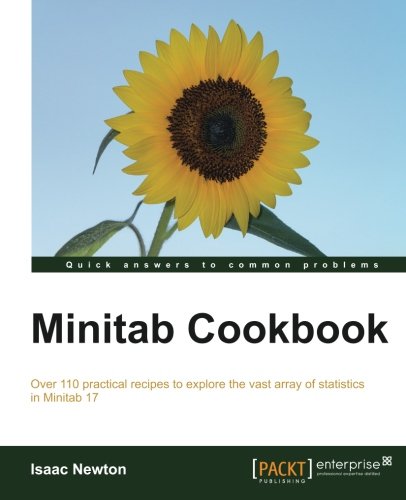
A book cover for Minitab Cookbook; Isaac Newton; Computers & Technology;